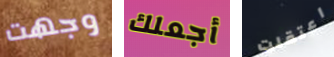
وجهت أجعلك اعتقلت